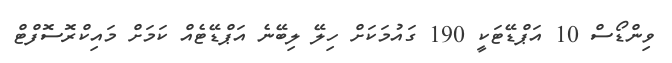
ވިންޑޯސް 10 އަޕްޑޭޓަކީ 190 ގައުމަކަށް ހިލޭ ލިބޭނެ އަޕްޑޭޓެއް ކަމަށް މައިކްރޮސޮފްޓް